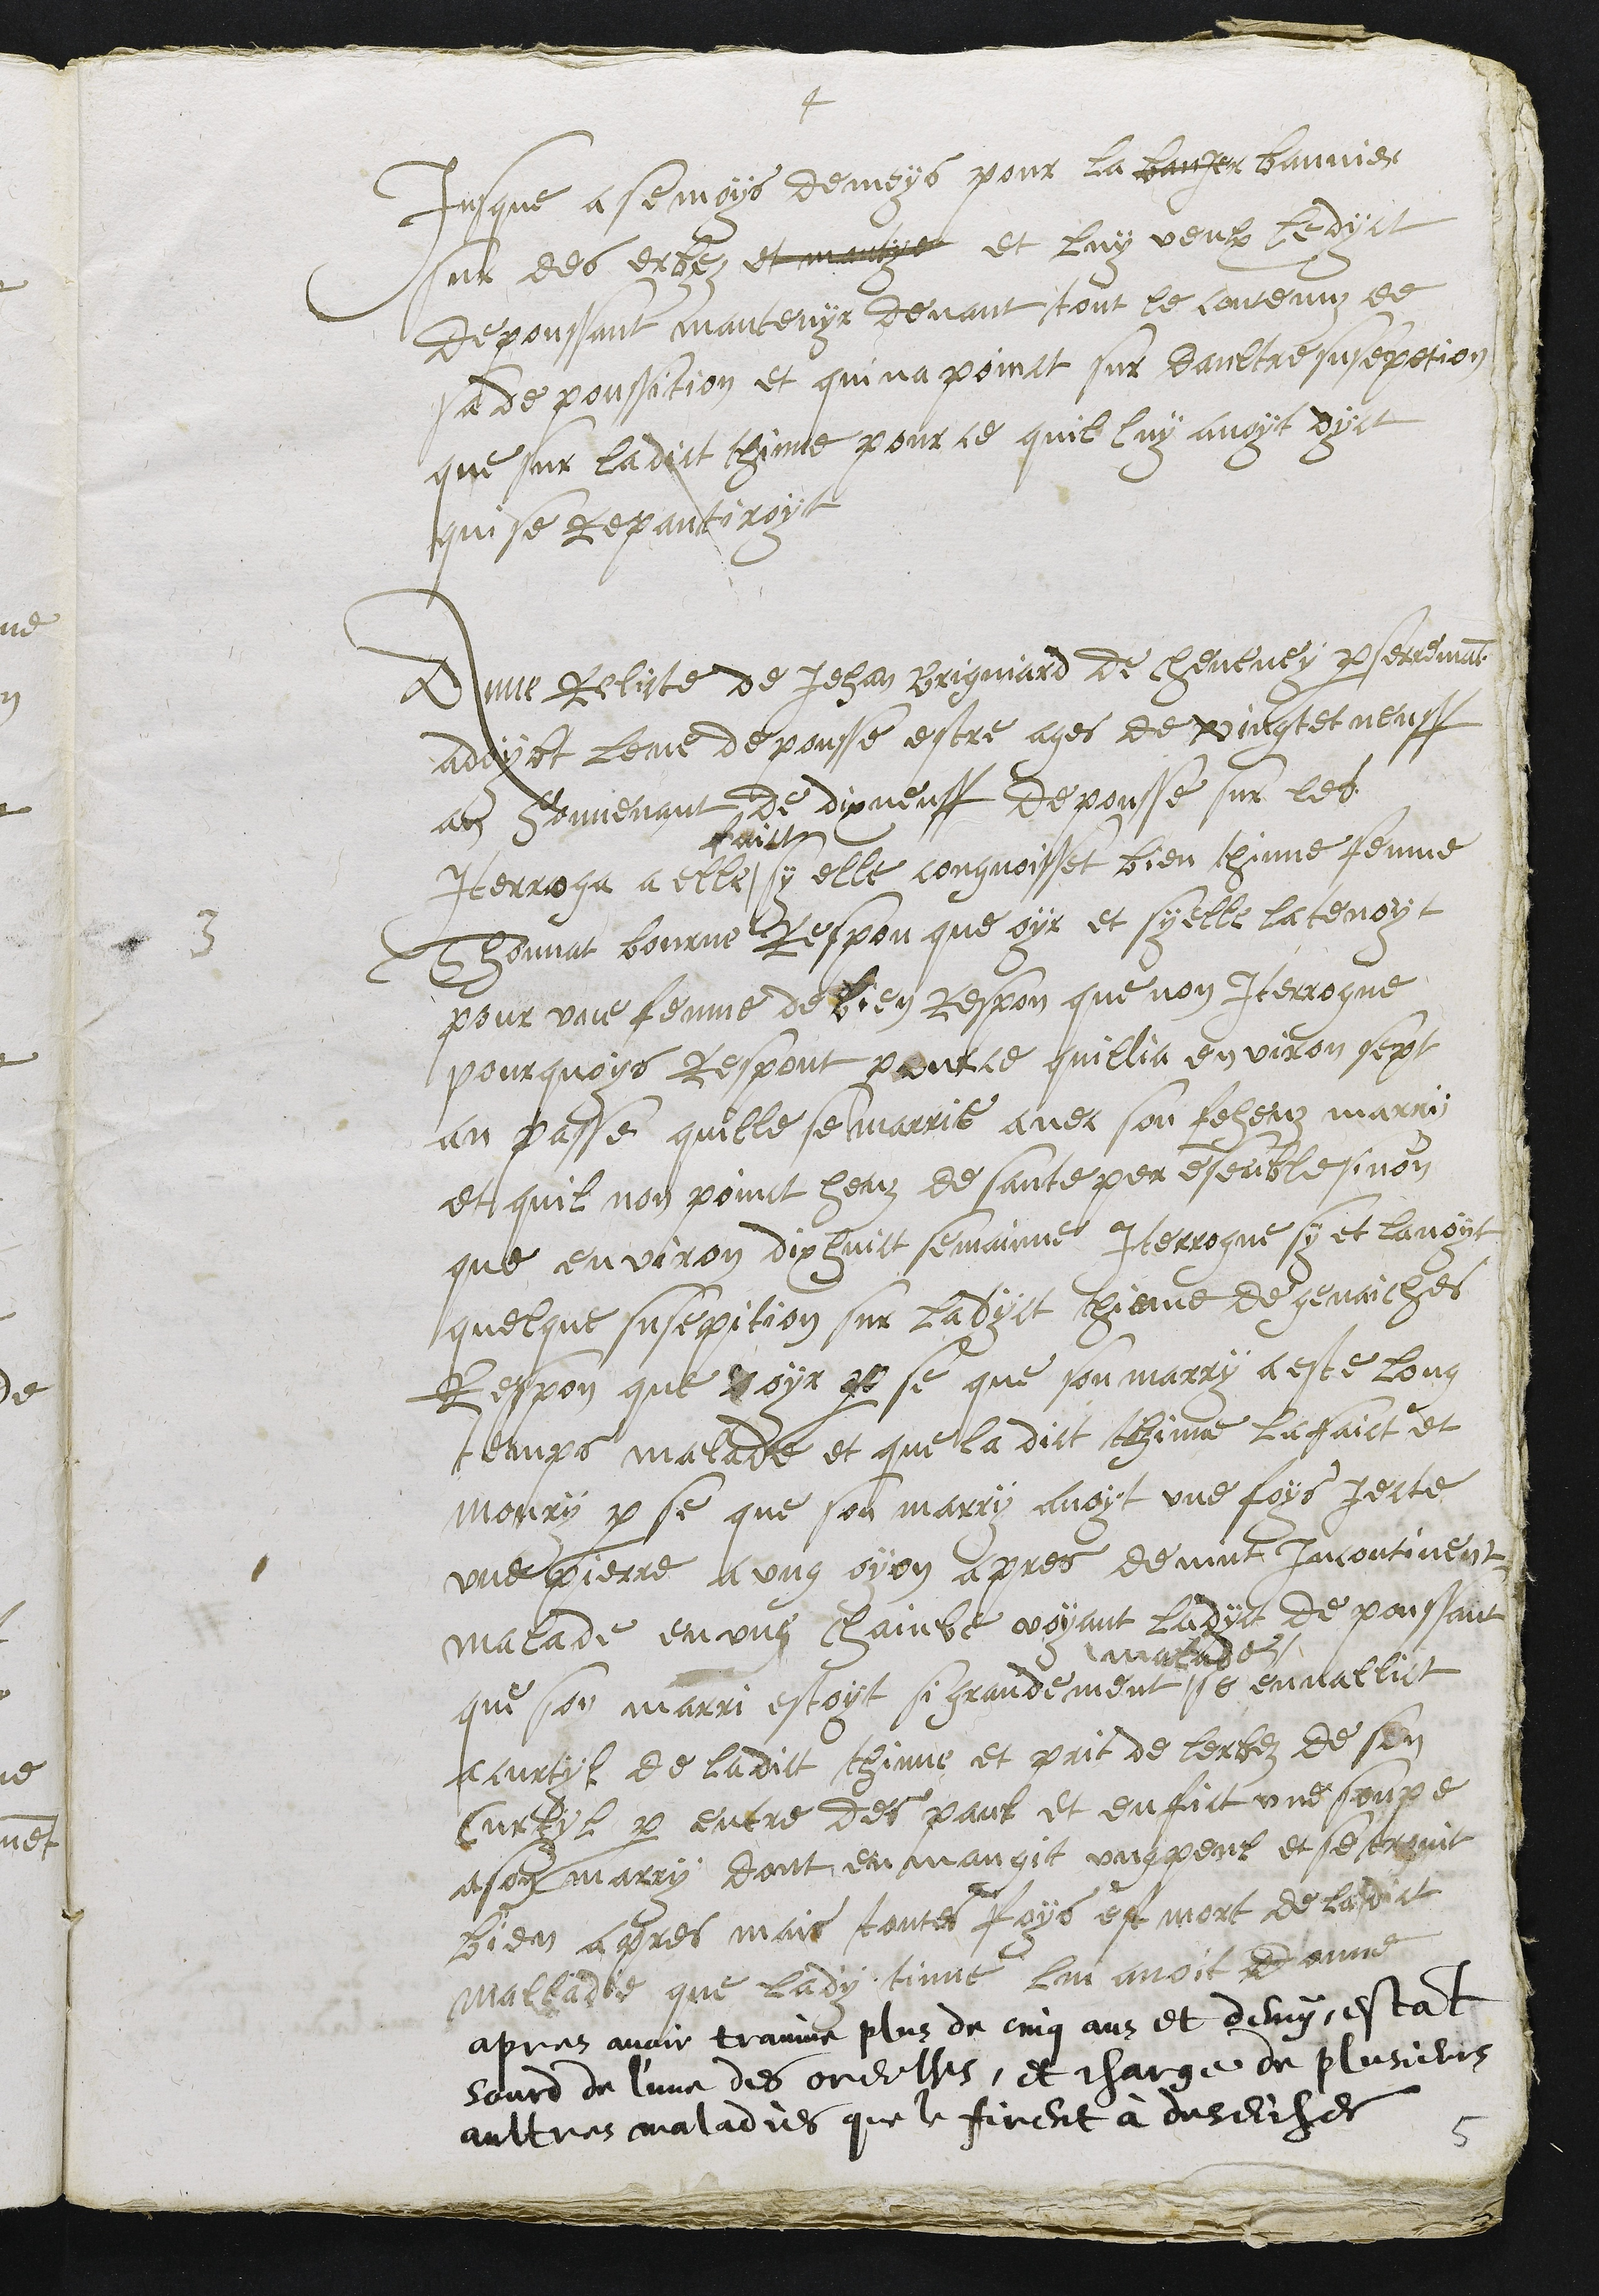
4
jusque a semois de moys pour la banjer bannier
sur des erbez et mantye et luy veulx ledyct
depoussant mantenyr devant tout le contenuz de
sa depoussition et qui na point sur daultre susepetion
que sur ladict thinne pour ce quil luy avoyt dyct
qui se repantiroyt
3
Anne Relicte de Jehan Brigniard de cheveney par serremant
adoybt leve depousse estre ages de vingt et neuff
an souvenant de dixneuf depousse sur les
Iterroga a elle
faitt
sy elle congnoisset bien thinne femme
Thonnat bourne Respon que oyr et sy elle la tenoyt
pour une femme de bien Respon que non Iterrogue
pourquoys respont pource quillia environ sept
an passe quille se marrie avec son feheuz marry
et quil non poinct heuz de sante per ensenble sinon
que environ dix huict semainne Iterrogue sy et lavoyt
quelque susepition sur ladyct thinne de genaiches
Respon que oyr par se que son marry a este long
temps malade et que la dict thinne la faict et
moury par se que son marry avoyt une foys jecte
une pierre a ung oyon apres devint incontinent
malade en ung chainbe voyant ladyct depoussant
que son marri estoyt si grandement
malade
se en nallict
a curtyl de ladict thinne et prit de lerbez de son
Curtyl par entre des paul et en fict une soupe
a son marry dont en mangit ung peul et se trouvit
bien apres mais toutes foys est mort de la dict
malladie que lady tinne lui avoit donne
apres avoir trainne plus de cinq ans et demy, estant
sourd de l'une des oreilles, et charge de plusieurs
aultres maladies que le firent à deseicher
5